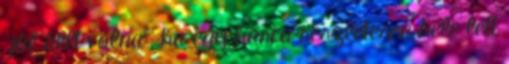
"jól állt volna", ha egy harca részletesen bele lett